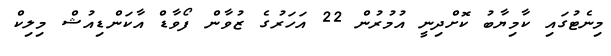
މިނެޓުގައި ކާމިޔާބު ކޮށްދިނީ އުމުރުން 22 އަހަރުގެ ޒުވާން ފޯވާޑް އާކަންޑިއުޝް މިލިކް